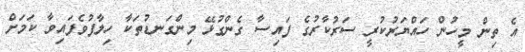
އެ ތިން މީހުން ހައްޔަރުކުރީ ސަރުކާރުގެ ފައިސާ ގެންގުޅޭ މިންގަނޑުތަކާ ހިލާފުވެފައިވާ ކަމަށް